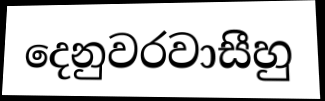
දෙනුවරවාසීහු